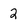
Character: 2